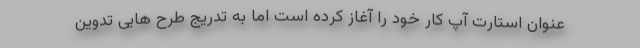
عنوان استارت آپ کار خود را آغاز کرده است اما به تدریج طرح هایی تدوین